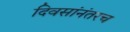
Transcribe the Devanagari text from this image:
दिवसांनंतरच